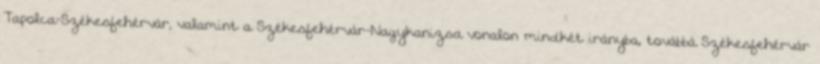
Tapolca-Székesfehérvár, valamint a Székesfehérvár-Nagykanizsa vonalon mindkét irányba, továbbá Székesfehérvár